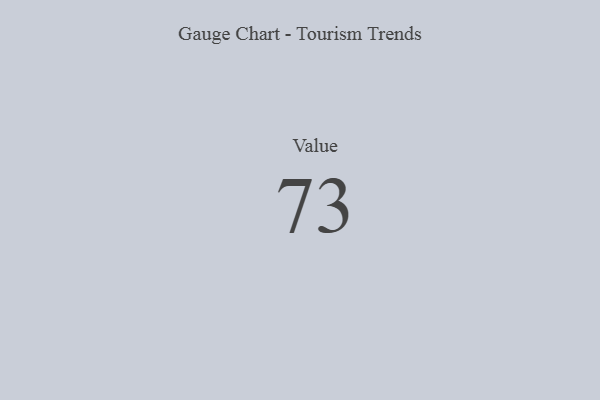
{"axis": {"x": "Metric", "y": "Value"}, "legend": [""], "data": [{"x": "Value", "y": 73, "type": ""}]}